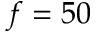
f = 5 0